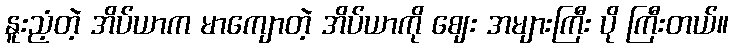
နူးညံ့တဲ့ အိပ်ယာက မာကျောတဲ့ အိပ်ယာကို ဈေး အများကြီး ပို ကြီးတယ်။